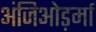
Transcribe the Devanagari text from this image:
अंजिओड़र्मा